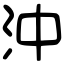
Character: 沖